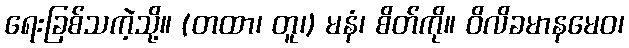
ရေးခြစ်သကဲ့သို့။ (တထာ၊ တူ၊) မနံ၊ စိတ်ကို။ ဝိလိခမာနမေဝ၊